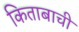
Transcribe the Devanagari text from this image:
किताबाची